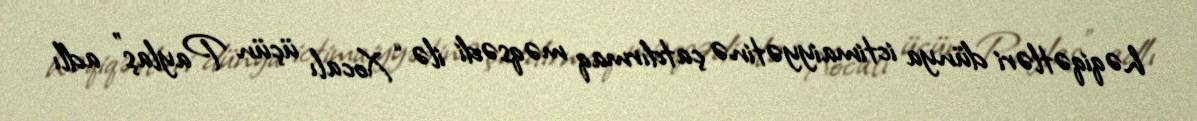
həqiqətləri dünya ictimaiyyətinə çatdırmaq məqsədi ilə “Xocalı üçün Paylaş” adlı